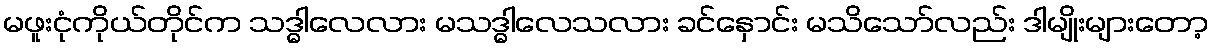
မဖူးငုံကိုယ်တိုင်က သဒ္ဓါလေလား မသဒ္ဓါလေသလား ခင်နှောင်း မသိသော်လည်း ဒါမျိုးများတော့